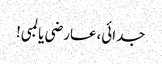
جدائی،عارضی یا لمبی!